Annual statistical returns and brief notes on vaccination in Bengal - 1887-1898
Year: 1887
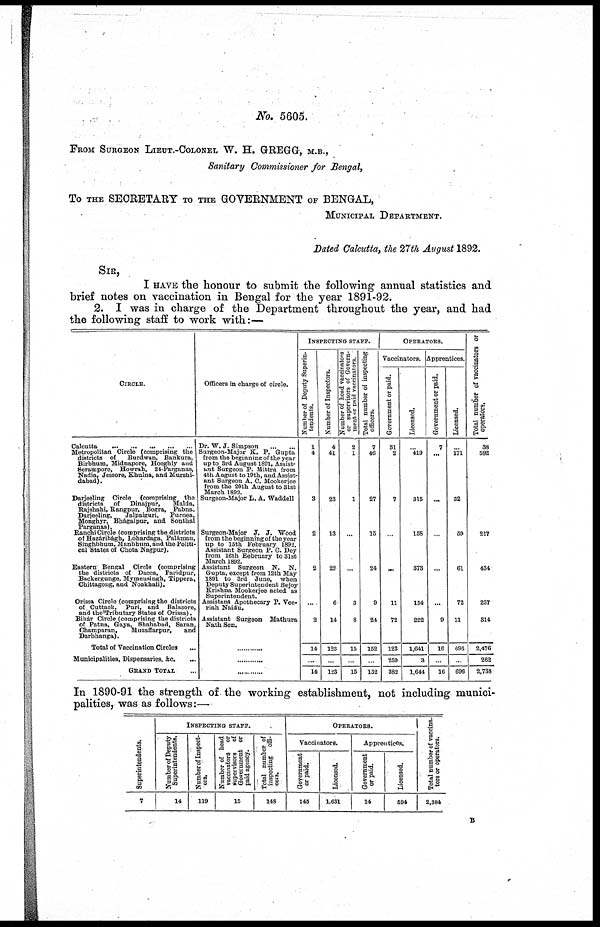
No. 5605
FROM SURGEON LIEUT.-COLONEL W. H. GREGG-, M.B.,
Sanitary Commissioner for Bengal,
To THE SECRETARY TO THE GOVERNMENT OF BENGAL,
MUNICIPAL DEPARTMENT.
Dated Calcutta, the 27th August 1892.
SIR,
I HAVE the honour to submit the following annual statistics and
brief notes on vaccination in Bengal for the year 1891-92.
2. I was in charge of the Department throughout the year, and had
the following staff to work with:—
CIRCLE.
Calcutta
...
...
...
...
...
Metropolitan Circle (comprising the
districts of
Burdwan. Bankura,
Birbhum, Midnapore, Hooghly and
Serampore, Howrah, 24-Parganas,
Nadia, Jessore, Khulna, and Murshi-
dabad).
Darjeeling Circle (comprising the
districts
of Dinajpur,
Malda,
Rajshahi, Rangpur, Bogra, Pabna,
Darjeeling,
Jalpaiguri,
Purnea,
Monghyr, Bhágalpur, and Sonthal
Parganas).
Ranchi Circle (comprising the districts
of Hazáribágh, Lohardaga, Palámau,
Singhbhum, Manbhum, and the Politi-
cal States of Chota Nagpur).
Eastern Bengal Circle (comprising
the districts of Dacca, Faridpur,
Backergunge, Mymensingh, Tippera,
Chittagong, and Noakhali).
Orissa Circle (comprising the districts
of Cuttack. Puri, and Balasore,
and the Tributary States of Orissa).
Bihár Circle (comprising the districts
of Patna, Gaya, Shahabad, Saran,
Champaran,
Muzaffarpur,
and
Darbhanga).
Total of Vaccination Circles ...
Municipalities, Dispensaries, &c.
...
GRAND TOTAL ...
Officers in charge of circle.
Dr. W. J. Simpson
...
...
Surgeon-Major K. P. Gupta
from the beginning of the year
up to 3rd August 1891, Assist-
ant Surgeon P. Mittra from
4th August to 19th, and Assist-
ant Surgeon A. C. Mookerjee
from the 20th August to 31st
March 1892.
Surgeon-Major L. A. Waddell
Surgeon-Major J. J. Wood
from the beginning of the year
up to 15th February 1892.
Assistant Surgeon P. C. Dey
from 16th February to 31st
March 1892.
Assistant Surgeon N. N.
Gupta, except from 12th May
1891 to 3rd June, when
Deputy Superintendent Bejoy
Krishna Mookerjee acted as
Superintendent.
Assistant Apothecary P. Vee-
riah Naidu.
Assistant Surgeon Mathura
Nath Sen.
...
...
...
INSPECTING STAFF.
Number of Deputy Superin-
tendents.
1
4
3
2
2
...
2
14
...
14
Number of Inspectors.
4
41
23
13
22
6
14
123
...
123
Number of head vaccinators
or supervisors of Govern-
ment or paid vaccinators.
2
1
1
...
...
3
8
15
...
15
Total number of inspecting
officers.
7
46
27
15
24
9
24
152
...
152
OPERATORS.
Vaccinators.
Government or paid.
31
2
7
...
...
11
72
123
259
382
Licensed.
...
419
315
158
373
154
222
1,641
3
1,644
Apprentices.
Government or paid.
7
...
...
...
...
...
9
16
...
16
Licensed.
...
171
32
59
61
72
11
696
...
696
Total number of vaccinators or
operators.
38
592
...
217
434
237
314
2,476
262
2,738
In 1890-91 the strength of the working establishment, not including munici-
palities, was as follows:—
Superintendents.
7
INSPECTING STAFF.
Number of Deputy
Superintendents.
14
Number of Inspect-
ors.
119
Number of head
vaccinators
or
supervisors of
Government or
paid agency.
15
Total number of
inspecting
offi-
cers.
148
OPERATORS.
Vaccinators.
Government
or paid.
145
Licensed.
1,631
Apprentices.
Go v e r
n me n t
or paid.
14
Licensed.
594
Total number of vaccina-
tors or operators.
2,384
B